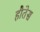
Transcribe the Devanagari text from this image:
हौतेस